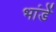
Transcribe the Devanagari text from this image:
भांडें